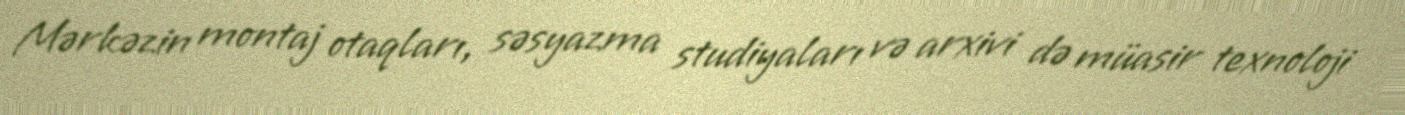
Mərkəzin montaj otaqları, səsyazma studiyaları və arxivi də müasir texnoloji